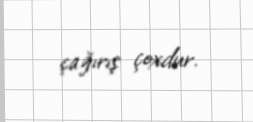
çağırış çoxdur.